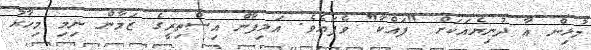
މުޅިން އާ ދުނިޔެއަކަށް "ފައްކާ" ވެފައެވެ. އަލިފާން އިސްތިރީގެ ޒަމާން ނިމި މިހާރު